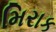
મિરાક